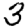
Digit: 3